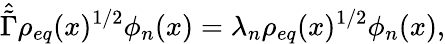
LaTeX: \hat{\tilde{\Gamma}}\rho_{eq}(x)^{1/2}\phi_{n}(x)=\lambda_{n}\rho_{eq}(x)^{1/2}\phi_{n}(x),